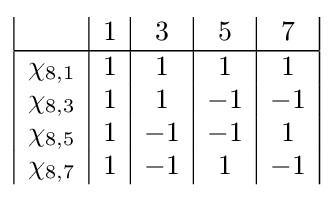
{\begin{array}{|c|c|c|c|c|c|c|}&1&3&5&7\\\hline \chi _{8,1}&1&1&1&1\\\chi _{8,3}&1&1&-1&-1\\\chi _{8,5}&1&-1&-1&1\\\chi _{8,7}&1&-1&1&-1\\\end{array}}